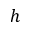
h